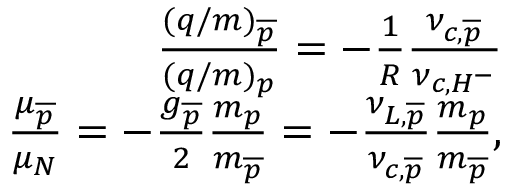
\begin{array} { r } { \frac { ( q / m ) _ { \overline { { p } } } } { ( q / m ) _ { p } } = - \frac { 1 } { R } \frac { \nu _ { c , \overline { { p } } } } { \nu _ { c , H ^ { - } } } } \\ { \frac { \mu _ { \overline { { p } } } } { \mu _ { N } } = - \frac { g _ { \overline { { p } } } } { 2 } \frac { m _ { p } } { m _ { \overline { { p } } } } = - \frac { \nu _ { L , \overline { { p } } } } { \nu _ { c , \overline { { p } } } } \frac { m _ { p } } { m _ { \overline { { p } } } } , } \end{array}